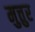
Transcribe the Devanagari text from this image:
मुत्तुर